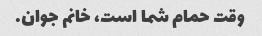
وقت حمام شما است، خانم جوان.